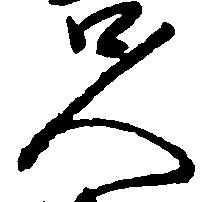
人